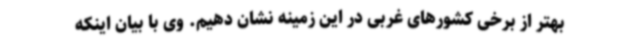
بهتر از برخی کشورهای غربی در این زمینه نشان دهیم. وی با بیان اینکه